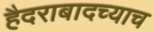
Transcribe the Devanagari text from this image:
हैदराबादच्याच